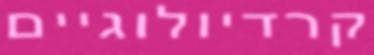
קרדיולוגיים